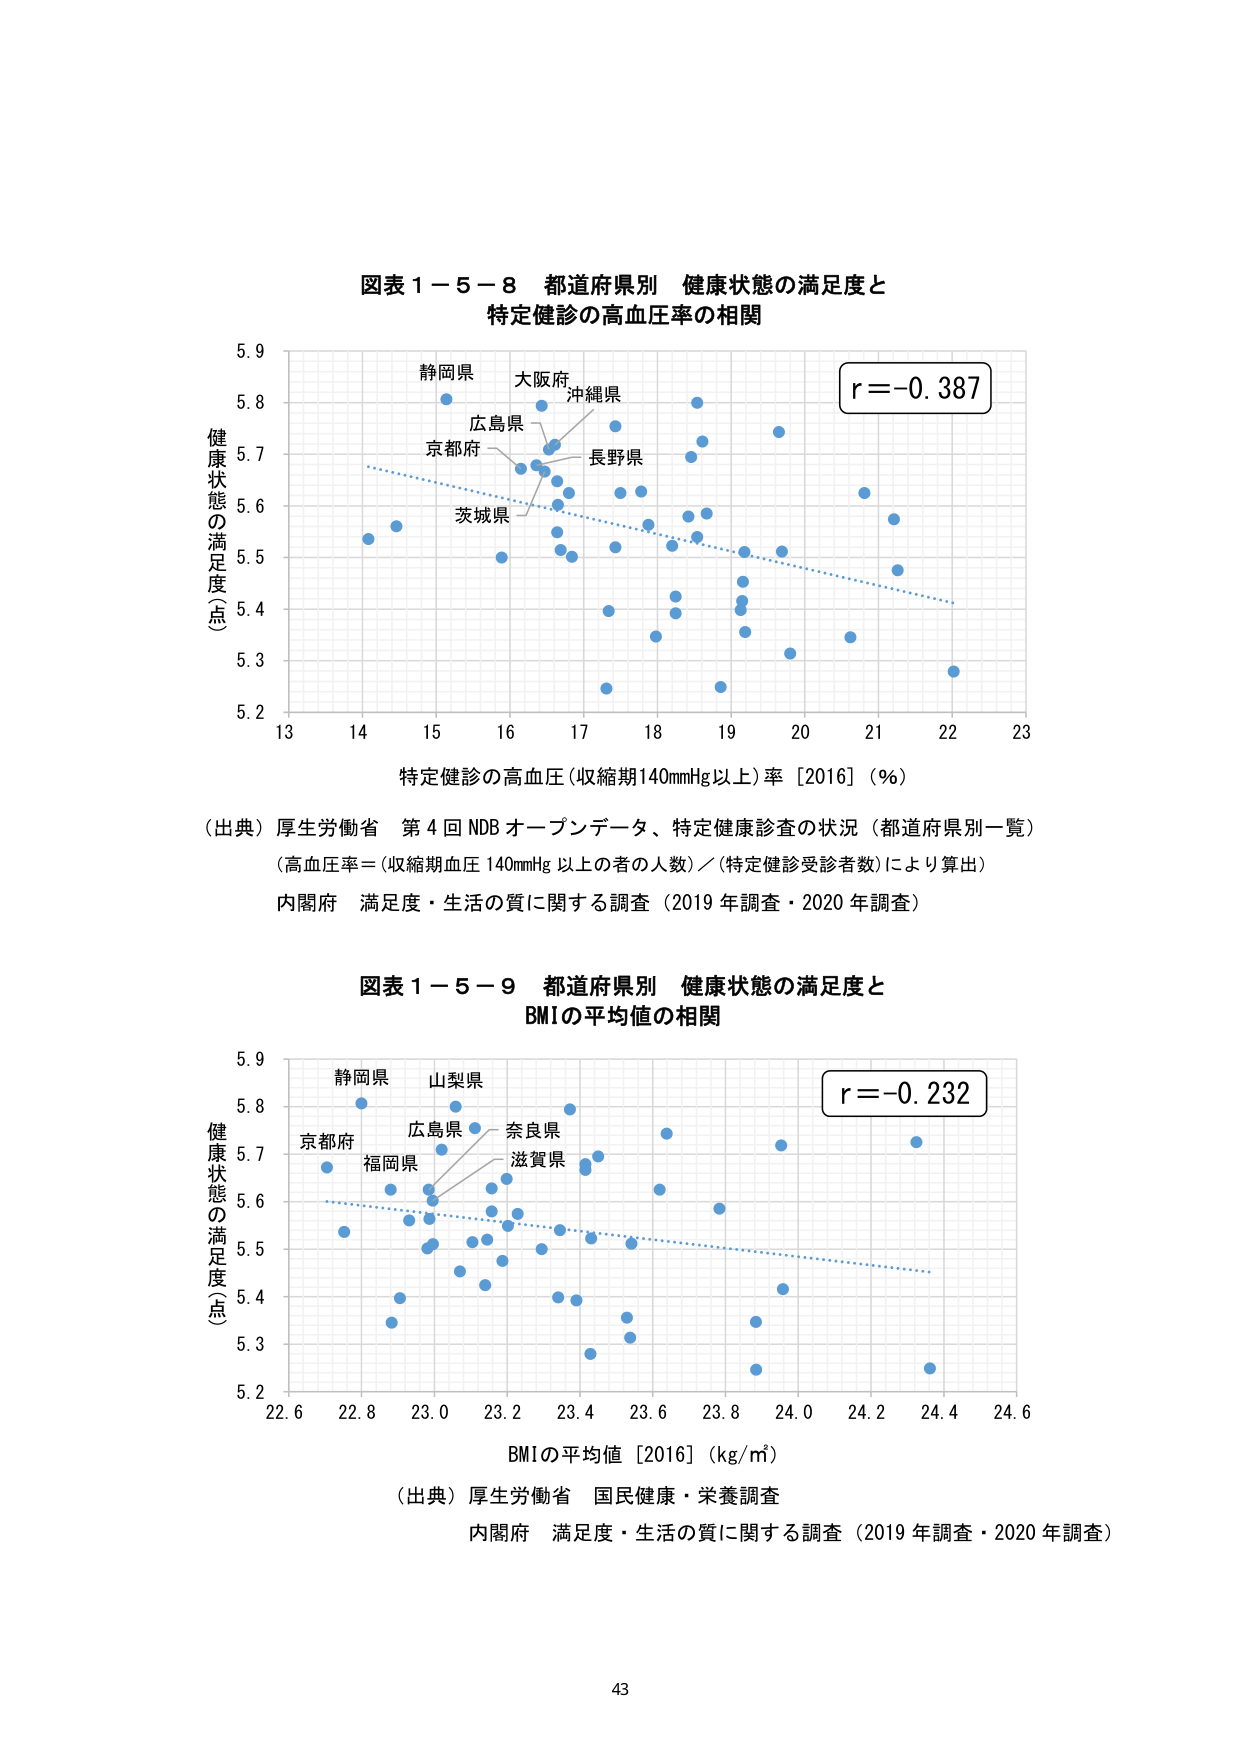
図表１－５－８ 都道府県別 健康状態の満足度と
特定健診の高血圧率の相関

健康状態の満足度（点）
5.9
5.8
5.7
5.6
5.5
5.4
5.3
5.2

静岡県
大阪府
沖縄県
広島県
京都府
長野県
茨城県

r＝-0.387

13 14 15 16 17 18 19 20 21 22 23
特定健診の高血圧（収縮期140mmHg以上）率［2016］（％）

（出典）厚生労働省 第4回NDBオープンデータ、特定健康診査の状況（都道府県別一覧）
（高血圧率＝（収縮期血圧140mmHg以上者の人数）／（特定健診受診者数）により算出）
内閣府 満足度・生活の質に関する調査（2019年調査・2020年調査）

図表１－５－９ 都道府県別 健康状態の満足度と
BMIの平均値の相関

健康状態の満足度（点）
5.9
5.8
5.7
5.6
5.5
5.4
5.3
5.2

静岡県
山梨県
京都府
広島県
奈良県
福岡県
滋賀県

r＝-0.232

22.6 22.8 23.0 23.2 23.4 23.6 23.8 24.0 24.2 24.4 24.6
BMIの平均値［2016］（kg/m²）

（出典）厚生労働省 国民健康・栄養調査
内閣府 満足度・生活の質に関する調査（2019年調査・2020年調査）

43